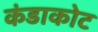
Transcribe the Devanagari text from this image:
कंडाकोट